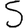
Digit: 5